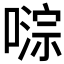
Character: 𫫥